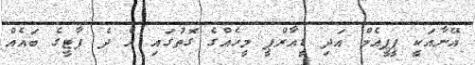
އޭނާއަކީ ޕީޕީއެމް އަދި ޑީއާރްޕީ މީހެެއްގެ ގޮތުގައި އެ ދެ ޕާޓީގެ ބައެއް